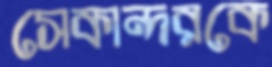
সেকান্দরকে